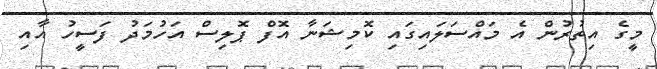
މީގެ އިތުރުން އެ މައްސަލައިގައި ކޮމިޝަނާ އޮފް ޕޮލިސް އަހުމަދު ފަސީހު އާއި